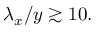
\lambda _ { x } / y \gtrsim 1 0 .